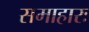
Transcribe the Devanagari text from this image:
समाहारः